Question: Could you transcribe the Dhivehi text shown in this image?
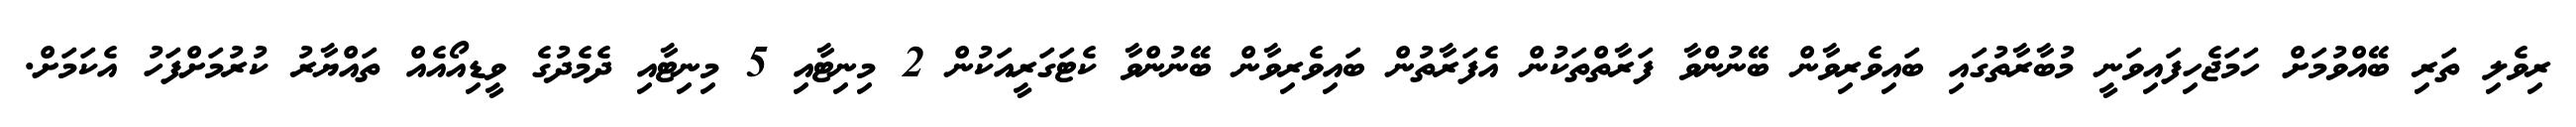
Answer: ރިވެލި ތަރި ބޭއްވުމަށް ހަމަޖެހިފައިވަނީ މުބާރާތުގައި ބައިވެރިވާން ބޭނުންވާ ފަރާތްތަކުން އެފަރާތުން ބައިވެރިވާން ބޭނުންވާ ކެޓަގަރީއަކުން 2 މިނިޓާއި 5 މިނިޓާއި ދެމެދުގެ ވީޑިއޯއެއް ތައްޔާރު ކުރުމަށްފަހު އެކަމަށް.